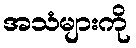
အသံများကို